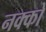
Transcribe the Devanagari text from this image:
नक्को